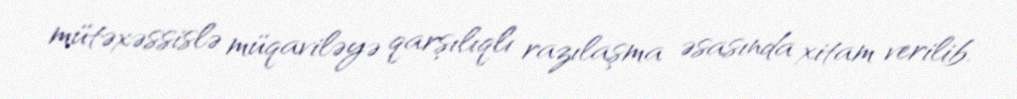
mütəxəssislə müqaviləyə qarşılıqlı razılaşma əsasında xitam verilib.